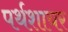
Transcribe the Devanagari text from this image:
पर्थशायर